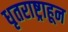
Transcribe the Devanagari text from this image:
धृतराष्ट्राहून